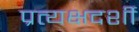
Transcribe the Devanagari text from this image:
प्रत्‍यक्षदर्शी